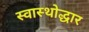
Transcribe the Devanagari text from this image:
स्वास्थोद्धार